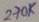
Text: 270K